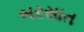
બરસાત